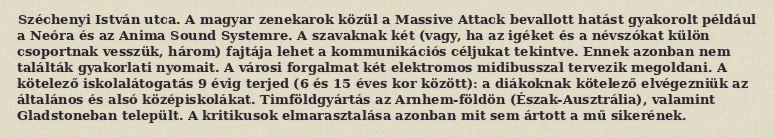
Széchenyi István utca. A magyar zenekarok közül a Massive Attack bevallott hatást gyakorolt például a Neóra és az Anima Sound Systemre. A szavaknak két (vagy, ha az igéket és a névszókat külön csoportnak vesszük, három) fajtája lehet a kommunikációs céljukat tekintve. Ennek azonban nem találták gyakorlati nyomait. A városi forgalmat két elektromos midibusszal tervezik megoldani. A kötelező iskolalátogatás 9 évig terjed (6 és 15 éves kor között): a diákoknak kötelező elvégezniük az általános és alsó középiskolákat. Timföldgyártás az Arnhem-földön (Észak-Ausztrália), valamint Gladstoneban települt. A kritikusok elmarasztalása azonban mit sem ártott a mű sikerének.